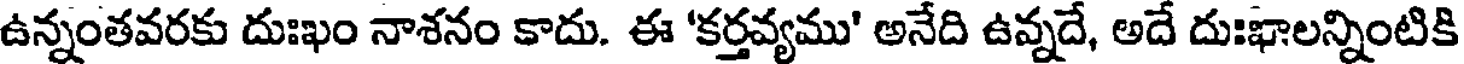
ఉన్నంతవరకు దుఃఖం నాశనం కాదు. ఈ 'కర్తవ్యము' అనేది ఉవ్నదే, అదే దుఃఖాలన్నింటికి